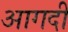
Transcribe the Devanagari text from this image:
आगदी